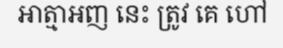
ឤត្មាអញ នេះ ត្រូវ គេ ហៅ